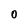
Character: 0